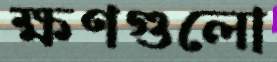
ক্ষণগুলো